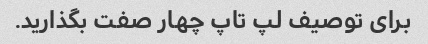
برای توصیف لپ تاپ چهار صفت بگذارید.